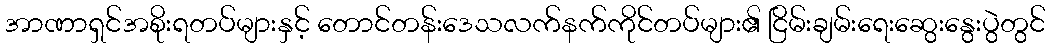
အာဏာရှင်အစိုးရတပ်များနှင့် တောင်တန်းဒေသလက်နက်ကိုင်တပ်များ၏ ငြိမ်းချမ်းရေးဆွေးနွေးပွဲတွင်